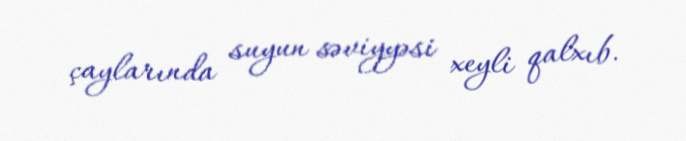
çaylarında suyun səviyyəsi xeyli qalxıb.